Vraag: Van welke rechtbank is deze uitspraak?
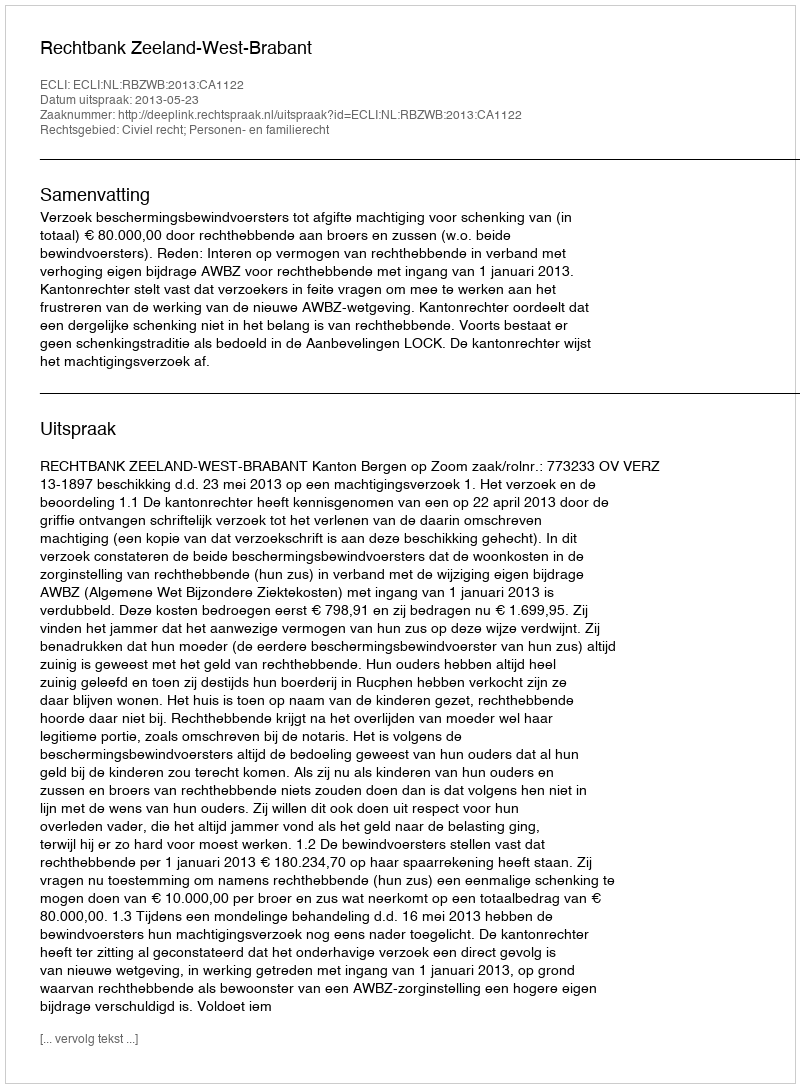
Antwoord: Rechtbank Zeeland-West-Brabant